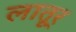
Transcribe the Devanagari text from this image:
लातूर्